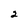
Character: 2